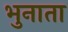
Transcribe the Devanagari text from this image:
भुनाता